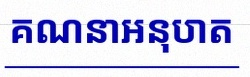
គណនាអនុបាត